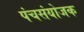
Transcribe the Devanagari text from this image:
पंचसंयोजक